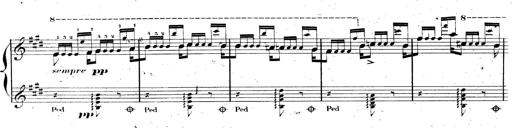
Title: AnnÃ©es de pÃ¨lerinage II, SupplÃ©ment
Composer: Franz Liszt